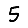
Digit: 5